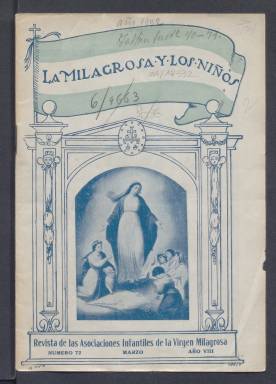
Título: La Milagrosa y los niños
Colección: Revistas infantiles || Religión
Ámbito geográfico: Madrid
Lugar de publicación: Madrid
Fechas: 01/03/1932-01/07/1935